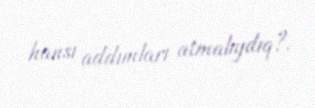
hansı addımları atmalıydıq?.